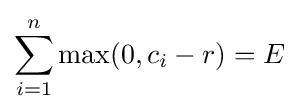
\sum _{i=1}^{n}\max(0,c_{i}-r)=E